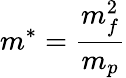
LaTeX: m^{*}=\frac{m_{f}^{2}}{m_{p}}